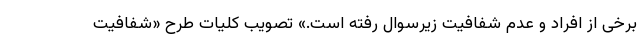
برخی از افراد و عدم شفافیت زیرسوال رفته است.» تصویب کلیات طرح «شفافیت